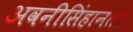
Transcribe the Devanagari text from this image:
अवनीसिंहानंतर